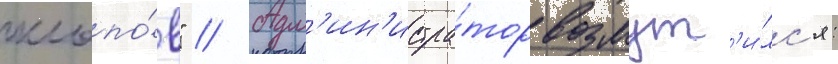
клопо́в" // Адм'ин'истра́тор возмут'и́лс'я: